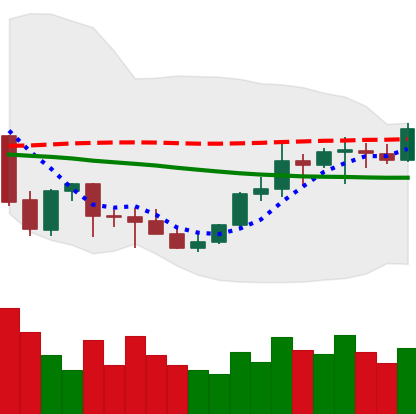
Ticker: EOS-USD
Chart end date: 2021-10-09
Forward return: -7.357%
Label: down_7plus